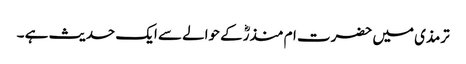
ترمذی میں حضرت ام منذرؓکے حوالے سے ایک حدیث ہے ۔